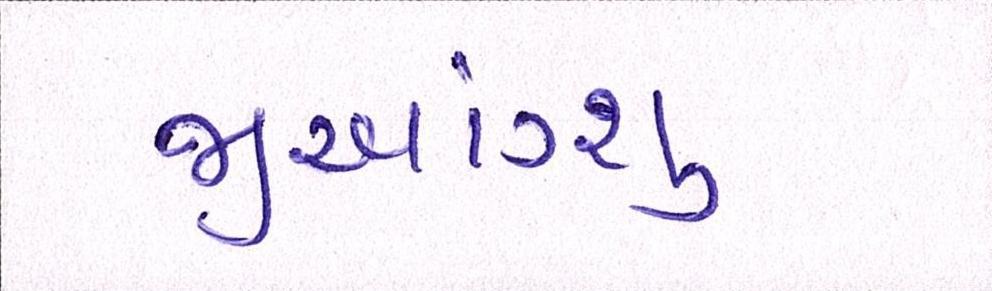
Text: જીઆંગ્શુ